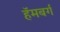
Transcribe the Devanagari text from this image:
हॅमबर्ग